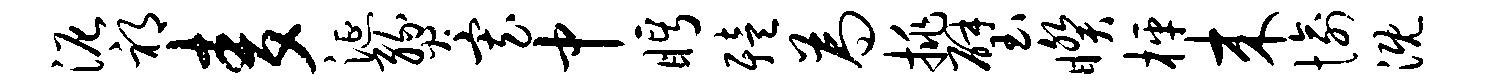
泥祁麦涎燹寡中眄殪为挑璧睽枰来愉溉